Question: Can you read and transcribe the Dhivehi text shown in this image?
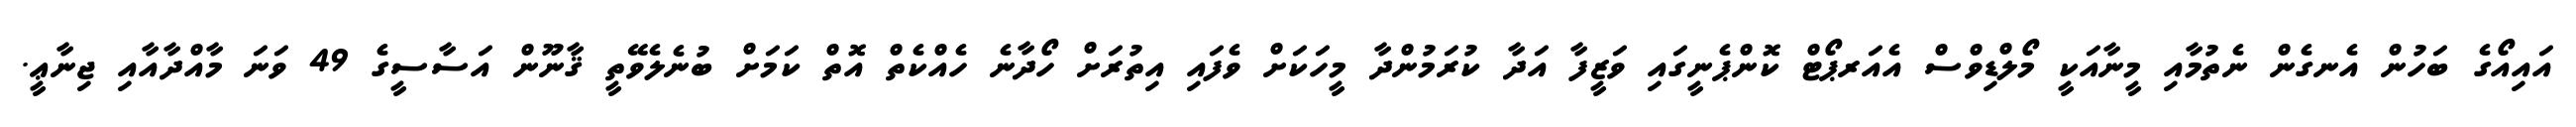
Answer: އައިއޯގެ ބަހުން އެނގެން ނެތުމާއި މީނާއަކީ މޯލްޑިވްސް އެއަރޕޯޓް ކޮންޕެނީގައި ވަޒީފާ އަދާ ކުރަމުންދާ މީހަކަށް ވެފައި އިތުރަށް ހޯދާނެ ހެއްކެތް އޮތް ކަމަށް ބުނެލެވޭތީ ޤާނޫން އަސާސީގެ 49 ވަނަ މާއްދާއާއި ޖިނާޢީ.